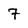
Character: 7